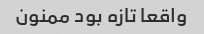
واقعا تازه بود ممنون